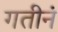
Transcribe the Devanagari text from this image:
गतीनं